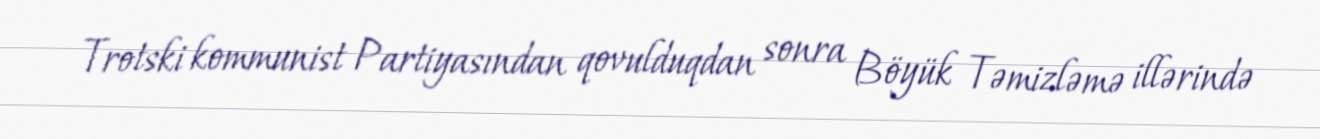
Trotski kommunist Partiyasından qovulduqdan sonra Böyük Təmizləmə illərində